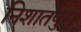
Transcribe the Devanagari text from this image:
निशातपुरा